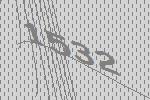
1532